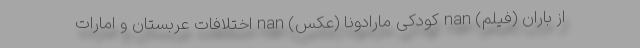
از باران (فیلم) nan کودکی مارادونا (عکس) nan اختلافات عربستان و امارات